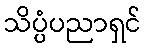
သိပ္ပံပညာရှင်